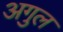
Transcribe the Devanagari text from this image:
अगुल